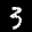
Label: 3